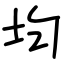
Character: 均